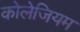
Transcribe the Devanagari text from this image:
कोलेजियम